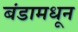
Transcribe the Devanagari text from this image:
बंडामधून